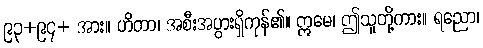
၉၃+၉၄+ အား။ ဟိတာ၊ အစီးအပွားရှိကုန်၏။ ဣမေ၊ ဤသူတို့ကား။ ရညော၊